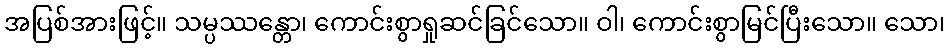
အပြစ်အားဖြင့်။ သမ္ပဿန္တော၊ ကောင်းစွာရှုဆင်ခြင်သော။ ဝါ၊ ကောင်းစွာမြင်ပြီးသော။ သော၊